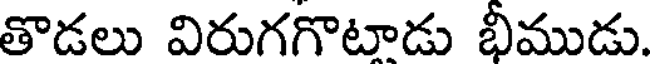
తొడలు విరుగగొటాడు భీముడు.